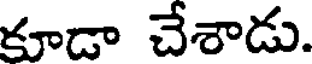
కూడా చేశాడు.